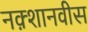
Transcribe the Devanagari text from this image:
नक़्शानवीस